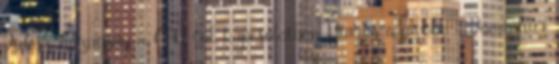
Fidesz-hazugság a CEU-val kapcsolatban Utazás a jövőbe - Damanhúr